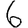
Digit: 6